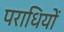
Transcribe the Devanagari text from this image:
पराधियों